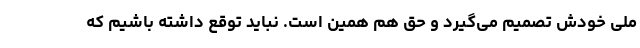
ملی خودش تصمیم می‌گیرد و حق هم همین است. نباید توقع داشته باشیم که